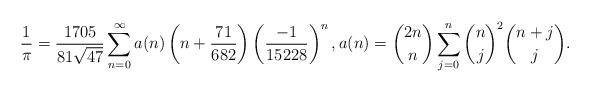
LaTeX: \begin{align*} \frac{1}{\pi} = \frac{1705}{81\sqrt{47}} \sum_{n=0}^{\infty} a(n) \left ( n+\frac{71}{682} \right ) \left ( \frac{-1}{15228} \right )^{n}, a(n) = {2n \choose n} \sum_{j=0}^{n} {n \choose j}^{2} {n+j \choose j} .\end{align*}